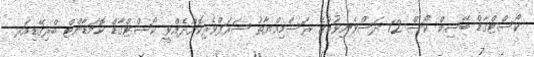
ކޯސްޓްގާޑް ބޭސިކް ކޯސް 12 ދަސްވެނިވުމުގެ ރަސްމިއްޔާތު ޝަރަފްވެރިކޮށްދެއްވީ ކޯސްޓްގާޑް ކޮމަޑާންޓް ބްރިގޭޑިއަރ